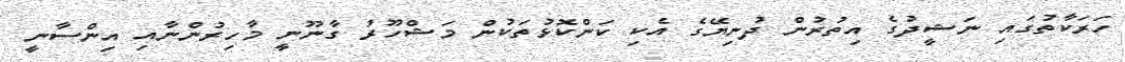
ހަރަކާތުގައި ނަޝީދުގެ އިތުރުން ދުނިޔޭގެ އެކި ކަންކޮޅުތަކުން މަޝްހޫރު ގާނޫނީ މާހިރުންނާއި އިންސާނީ